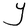
Character: Y